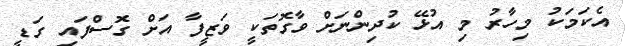
އެކަމަކު މިހާރު މި އުޅޭ ކުދިންނަށް ވާގޮތަކީ ވަޒީފާ އަށް ގޮސްފައި ގަޑީ